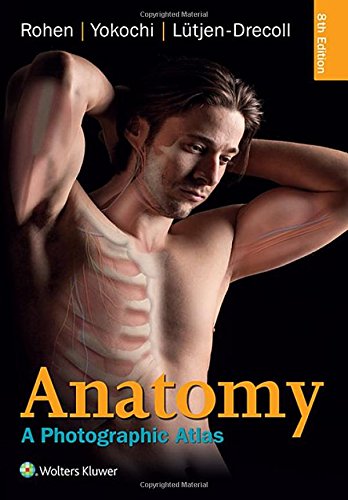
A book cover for Anatomy: A Photographic Atlas (Color Atlas of Anatomy a Photographic Study of the Human Body); Johannes W. Rohen MD; Test Preparation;